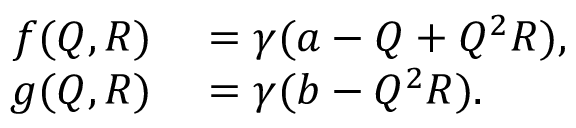
\begin{array} { r l } { f ( Q , R ) } & { { } = \gamma ( a - Q + Q ^ { 2 } R ) , } \\ { g ( Q , R ) } & { { } = \gamma ( b - Q ^ { 2 } R ) . } \end{array}